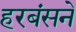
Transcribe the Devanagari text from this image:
हरबंसने